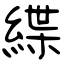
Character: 緤